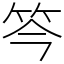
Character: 笒